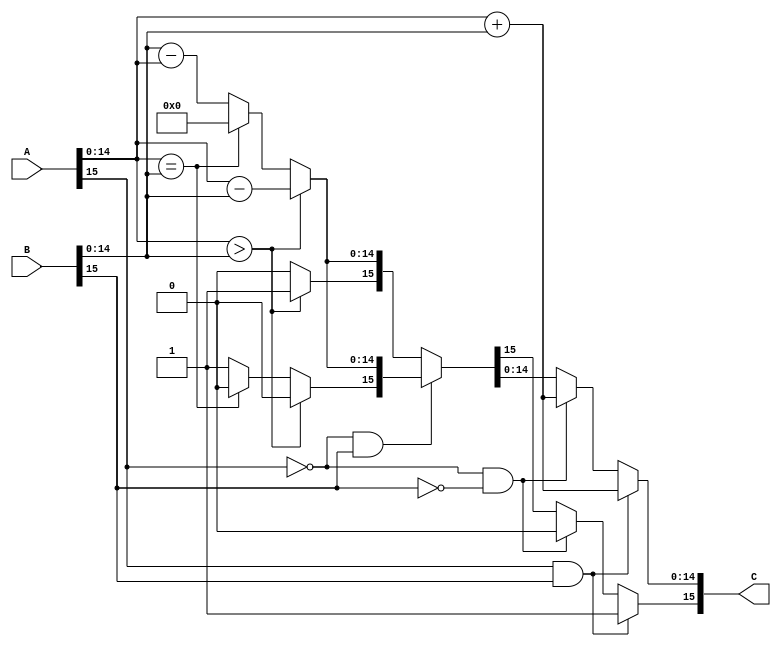
module adder (
    output reg [15:0] C,
    input [15:0] A,
    input [15:0] B
);

always @(*) begin
    if(A[15] && B[15]) begin //c 2 cng m
        C[15] = 1'b1;
        C[14:0] = A[14:0] + B[14:0];
    end
    else if(~A[15] && ~B[15]) begin //c 2 cng dng
        C[15] = 1'b0;
        C[14:0] = A[14:0] + B[14:0];
    end
    else if(~A[15] && B[15]) begin //A dng, B m
        if(A[14:0] > B[14:0]) begin
            C[15] = 1'b0;
            C[14:0] = A[14:0] - B[14:0];
        end
        else if(A[14:0] == B[14:0]) begin
            C[15] = 1'b0;
            C[14:0] = 15'd0;
        end
        else begin
            C[15] = 1'b1;
            C[14:0] = B[14:0] - A[14:0];
        end
    end
    else begin //A m, B dng
        if(A[14:0] > B[14:0]) begin
            C[15] = 1'b1;
            C[14:0] = A[14:0] - B[14:0];
        end
        else if(A[14:0] == B[14:0]) begin
            C[15] = 1'b0;
            C[14:0] = 15'd0;
        end
        else begin
            C[15] = 1'b0;
            C[14:0] = B[14:0] - A[14:0];
        end
    end
end
    
endmodule